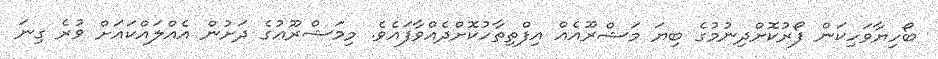
ބޯހިޔާވަހިކަން ފޯރުކޮށްދިނުމުގެ ބިޔަ މަޝްރޫއެއް އިފްތިތާހުކޮށްދެއްވާފައެވެ. މިމަޝްރޫޢުގެ ދަށުން އެއްލައްކައަށް ވުރެ ގިނަ